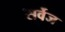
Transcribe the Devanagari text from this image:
सर्वेज